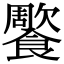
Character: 𩞺